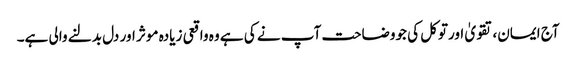
آج ایمان،تقویٰ اورتوکل کی جووضاحت آپ نے کی ہے وہ واقعی زیادہ موثر اور دل بدلنے والی ہے۔